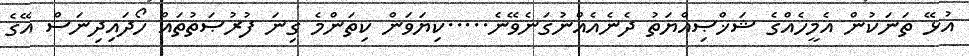
އުޅޭ ތަނަކުން އެމީހެއްގެ ޝަޚްޞިއްޔަތު ދެނެއެއްނުގަނެވޭނެ.....ކިޔަވަން ކިތަންމެ ގިނަ ފުރުޞަތުތައް ހޯދައިދިނަސް އޭގެ